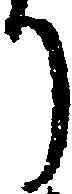
り